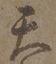
天